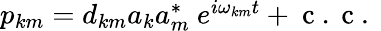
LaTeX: \begin{array}{r}{p_{km}=d_{km}a_{k}a_{m}^{*}\ e^{i\omega_{km}t}+\mathrm{~c~.~c~.~}}\end{array}